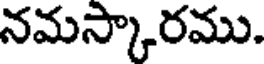
నమస్కారము.